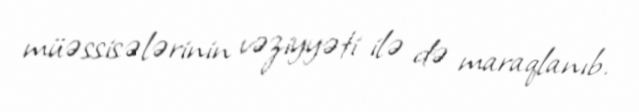
müəssisələrinin vəziyyəti ilə də maraqlanıb.